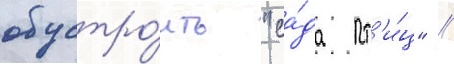
обустро́ить "са́да пт'и́ц" //